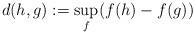
LaTeX: \begin{align*}d(h,g):=\sup_{f}(f(h)-f(g))\end{align*}